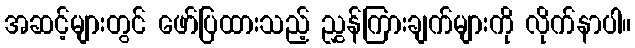
အဆင့်များတွင် ဖော်ပြထားသည့် ညွှန်ကြားချက်များကို လိုက်နာပါ။